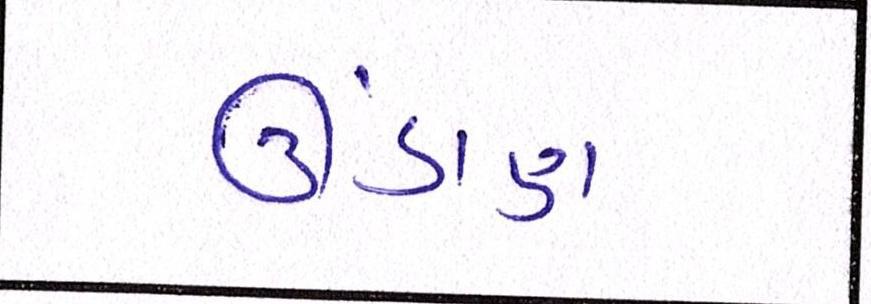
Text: ઊંડાણ